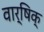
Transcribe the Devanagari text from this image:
वार्षिक्